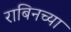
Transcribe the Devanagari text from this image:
राबिनच्या